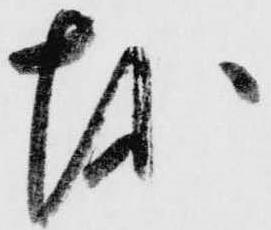
越